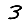
Digit: 3